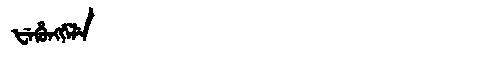
Manchu: ᡶᡝᡥᡠᠩᡤᡝᠯᡝ
Romanization: FEHUNGGELE